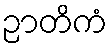
ဉာတိကံ